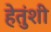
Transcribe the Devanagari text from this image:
हेतुंशी